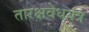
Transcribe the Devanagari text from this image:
तारक्षवेधयंत्र